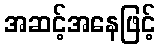
အဆင့်အနေဖြင့်